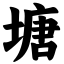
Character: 塘